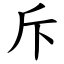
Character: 斥